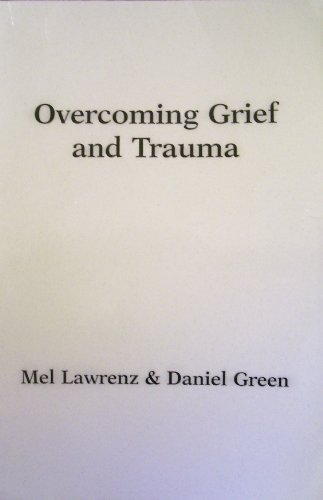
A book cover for Overcoming Grief and Trauma - A Short-term Structured Model: Strategic Pastoral Counseling Resources; Mel Lawrenz; Christian Books & Bibles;